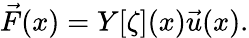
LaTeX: \begin{array}{r}{\vec{F}(x)=Y[\zeta](x)\vec{u}(x).}\end{array}